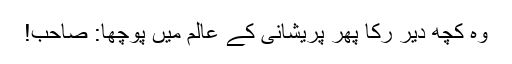
وہ کچھ دیر رکا پھر پریشانی کے عالم میں پوچھا: صاحب!